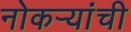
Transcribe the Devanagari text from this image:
नोकर्‍यांची